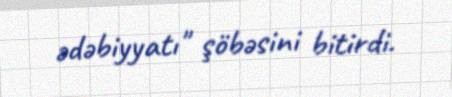
ədəbiyyatı" şöbəsini bitirdi.